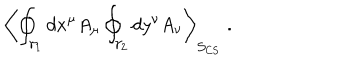
\left\langle \oint _ { \gamma _ { 1 } } d x ^ { \mu } A _ { \mu } \oint _ { \gamma _ { 2 } } d y ^ { \nu } A _ { \nu } \right\rangle _ { \mathcal { S } _ { \mathrm { C S } } } \; .